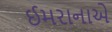
ઈમરાનાએ